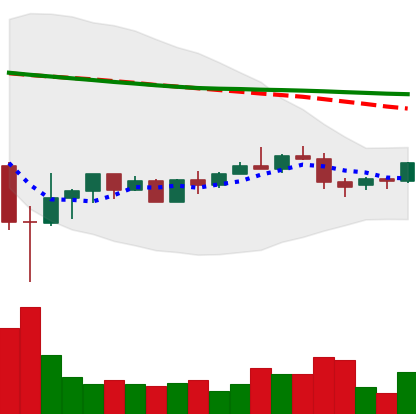
Ticker: BNB-USD
Chart end date: 2022-05-30
Forward return: -6.254%
Label: down_5_7